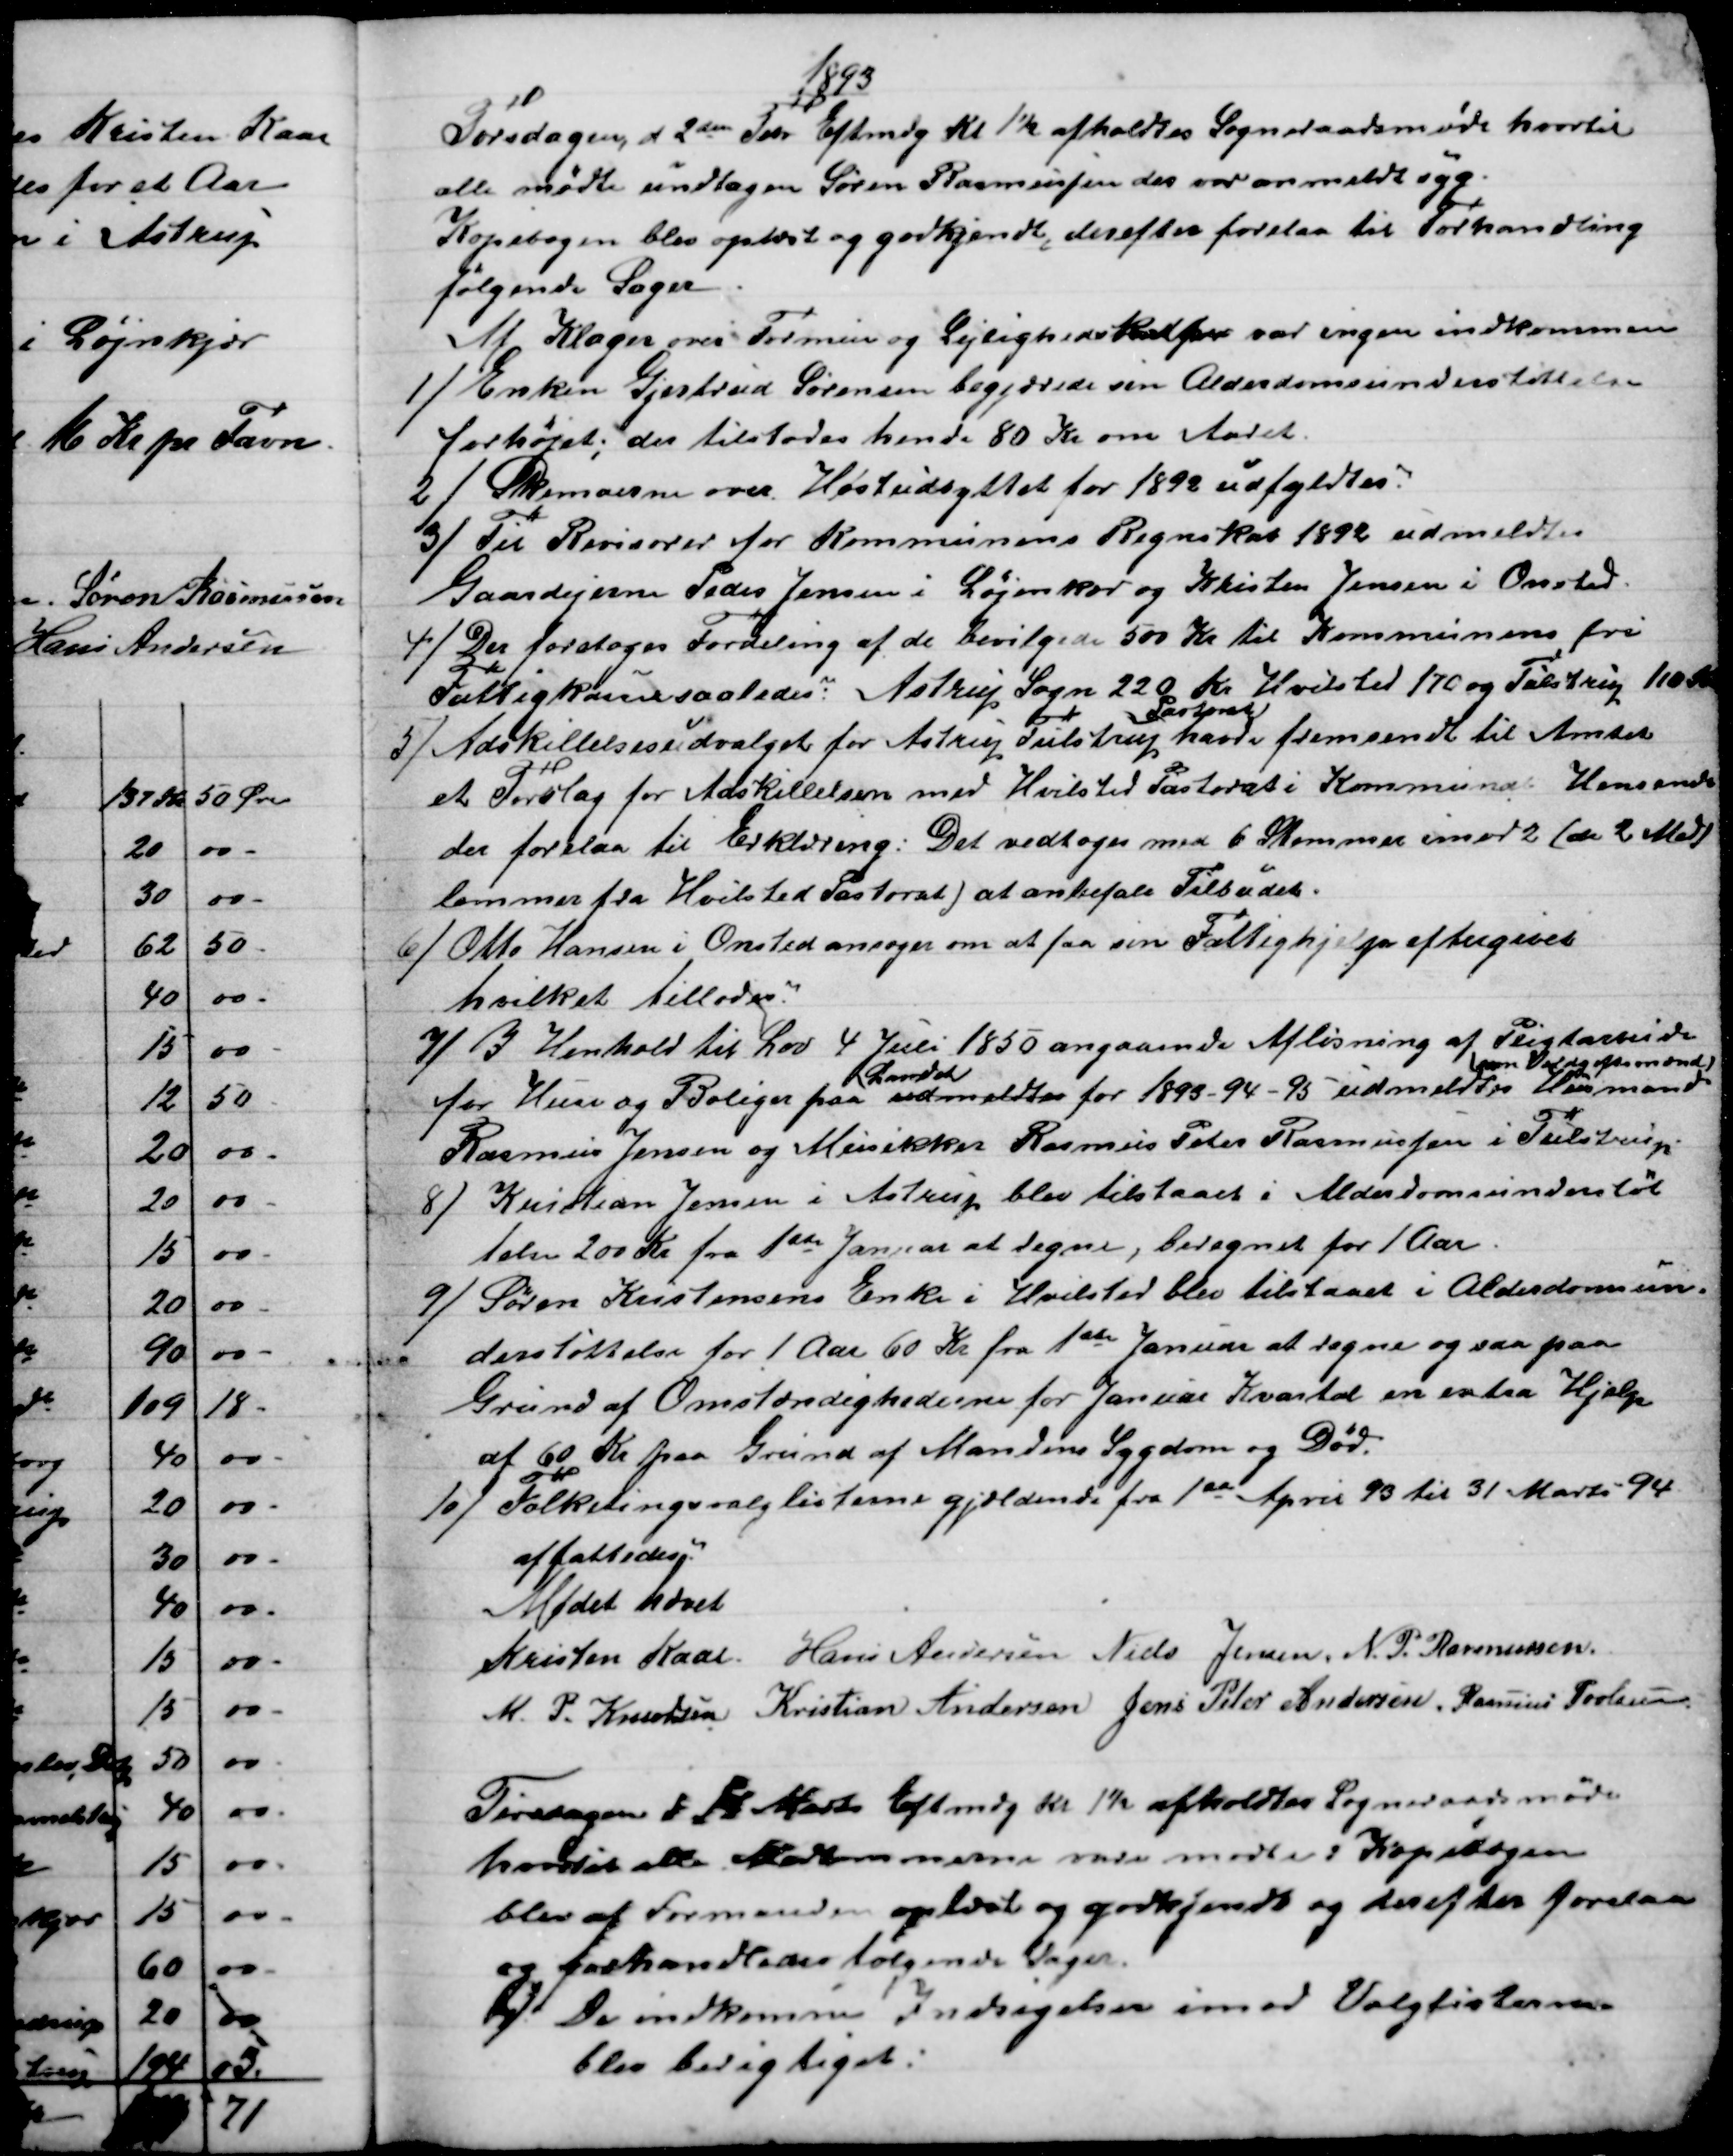
Transskription:
1893
Torsdagen d. 2den Febr Eftmd kl. 1½ afholdtes Sogneraadsmøde hvortil
alle mødte undtagen Søren Rasmussen der var anmeldt syg,
Kopibogen blev oplæst og godkjendt, derefter forelaa til Forhandling
følgende Sager
Af Klager over Formue og Lejlighedsskatter var ingen indkommen
1)
Enken Gjertrud Sørensen begjærede sin Alderdomsunderstøttelse
forhøjet; der tilstodes hende 80 Kr om Aaret.
2) 
Skemaerne over Høstudbyttet for 1892 udfyldtes.
3)
Til Revisorer for Kommunens Regnskab 1892 udmeldtes
Gaardejerne Peder Jensen i Løjenkær og Kristen Jensen i Onsted.
4) 
Der foretoges Fordeling af de bevilgede 500 Kr til Kommunens fri
Fattigkasse saaledes: Astrup Sogn 220 Kr. Hvilsted 170 og Tulstrup 110 Kr
5)
Adskillelsesudvalget for Astrup Tulstrup
Pastorat
havde fremsendt til Amtet
et Forslag for Adskillelsen med Hvilsted Pastorat i Kommunal Hensende
der forelaa til Erklæring. Det vedtoges med 6 Stemmer imod 2 (de 2 Med
lemmer fra Hvilsted Pastorat) at anbefale Tilbudet.
6) 
Otto Hansen i Onsted ansøger om at faa sin Fattighjelp eftergivet
hvilket tillodes.
7)
I Henhold til Lov 4 Juli 1850 angaaende Afløsning af Pligtarbeide
for Huse og Boliger paa 
Landet
udmeldtes for 1893-94-95 udmeldtes 
som Voldgiftsmænd
Husmand
Rasmus Jensen og Musikker Rasmus Peter Rasmussen i Tulstrup
8) 
Kristian Jensen i Astrup blev tilstaaet i Alderdomsunderstøt
telse 200 Kr. fra 1ste Januar at regne, beregnet for 1 Aar.
9) 
Søren Kristensens Enke i Hvilsted blev tilstaaet i Alderdomsun-
derstøttelse for 1 Aar 60 Kr fra 1ste Januar at regne og saa paa
Grund af Omstændighederne for Januar Kvartal en extra Hjelp
af 60 Kr paa Grund af Mandens Sygdom og Død.
10) 
Folketingsvalglisterne gjældende fra 1ste April 93 til 31 Marts 94
affattedes.
Mødet hævet
Kristen Kaae. Hans Andersen Niels Jensen. N. P. Rasmussen.
M. P. Knudsen Kristian Andersen Jens Peter Andersen. Rasmus Povlsen
Tirsdagen d 14 Marts Eftmd kl 1½ afholdtes Sogneraadsmøde
hvortil alle Medlemmer vare mødte: Kopibogen
blev af Formanden oplæst og godkjendt og derefter forelaa
og forhandledes følgende Sager.
1) De indkomne Indsigelser imod Valglisterne
blev berigtiget.